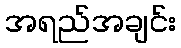
အရည်အချင်း